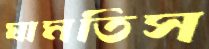
ঘামতিস